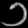
Digit: ၁